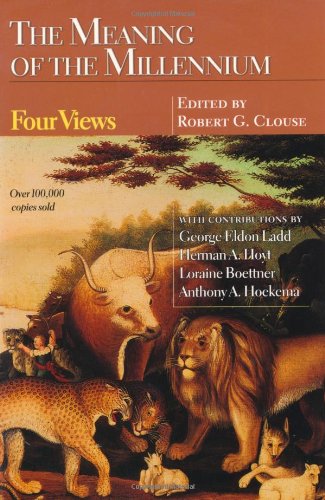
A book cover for The Meaning of the Millennium: Four Views; Christian Books & Bibles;